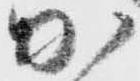
加